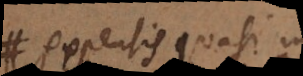
expensis quasi in